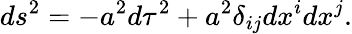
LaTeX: ds^{2}=-a^{2}d\tau^{2}+a^{2}\delta_{ij}dx^{i}dx^{j}.